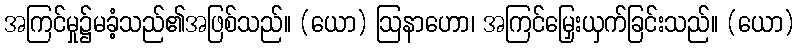
အကြင်မှု၌မခံ့သည်၏အဖြစ်သည်။ (ယော) ဩနာဟော၊ အကြင်မြှေးယှက်ခြင်းသည်။ (ယော)